Punjab Mental Hospital Lahore 1922-31 - 1922-1931
Year: 1922
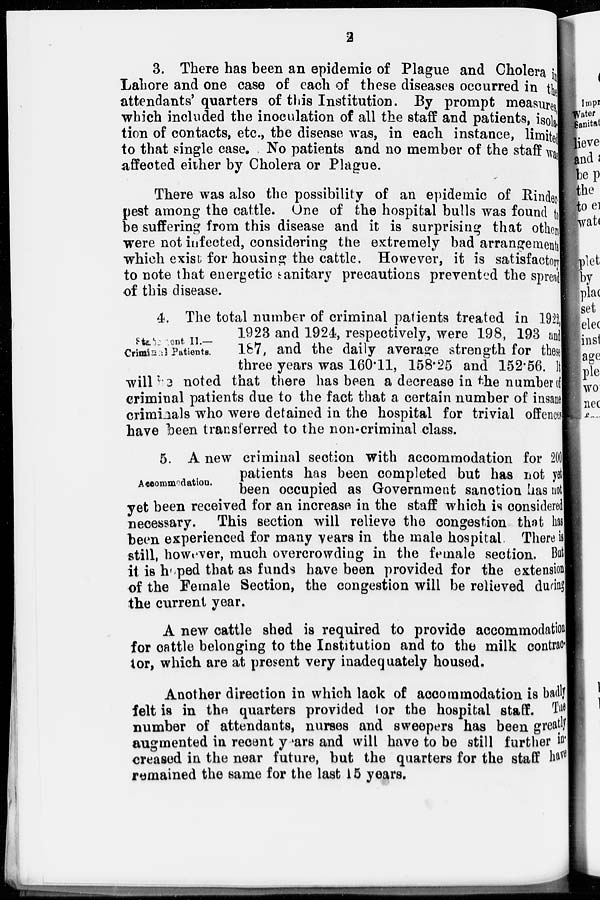
2
3. There has been an epidemic of Plague and Cholera in
Lahore and one case of each of these diseases occurred in the
attendants' quarters of this Institution. By prompt measures
which included the inoculation of all the staff and patients, isola
tion of contacts, etc., the disease was, in each instance, limited
to that single case. No patients and no member of the staff was
affected either by Cholera or Plague.
There was also the possibility of an epidemic of Rinder-
pest among the cattle. One of the hospital bulls was found to
be suffering from this disease and it is surprising that others
were not infected, considering the extremely bad arrangements
which exist for housing the cattle. However, it is satisfactory
to note that energetic sanitary precautions prevented the spread
of this disease.
Statement II.—
Criminal Patients.
4. The total number of criminal patients treated in 1922,
1923 and 1924, respectively, were 198, 193 and
187, and the daily average strength for t hese
three years was 160.11, 158.25 and 152.56. It
will be noted that there has been a decrease in the number of
criminal patients due to the fact that a certain number of insane
criminals who were detained in the hospital for trivial offeness
have been transferred to the non-criminal class.
Accommodation.
5. A new criminal section with accommodation for 200
patients has been completed but has not yet
been occupied as Government sanction has not
yet been received for an increase in the staff which is considered
necessary. This section will relieve the congestion that has
been experienced for many years in the male hospital. There is
still, however, much overcrowding in the female section. But
it is hoped that as funds have been provided for the extension
of the Female Section, the congestion will be relieved during
the current year.
A new cattle shed is required to provide accommodation
for cattle belonging to the Institution and to the milk contrac-
tor, which are at present very inadequately housed.
Another direction in which lack of accommodation is badly
felt is in the quarters provided tor the hospital staff. The
number of attendants, nurses and sweepers has been greatly
augmented in recent years and will have to be still further in-
creased in the near future, but the quarters for the staff have
remained the same for the last 15 years.